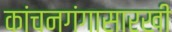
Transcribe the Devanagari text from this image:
कांचनगंगासारखी